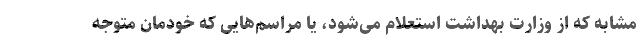
مشابه که از وزارت بهداشت استعلام می‌شود، یا مراسم‌هایی که خودمان متوجه